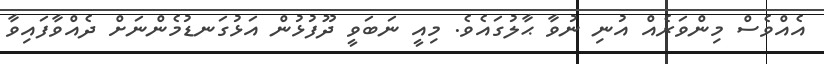
އެއްވެސް މިންވަރެއް އުނި ނުވާ ޙާލުގައެވެ. މިއީ ނަބަވީ ދޫފުޅުން އަޅުގަނޑުމެންނަށް ދެއްވާފައިވާ